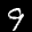
Label: 9